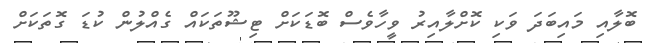
ބޮލާއި މައިބަދަ ވަކި ކޮށްލާއިރު ވީހާވެސް ބޮޑަކަށް ޓިޝޫތަކައް ގެއްލުން ކުޑަ ގޮތަކަށް